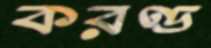
করণ্ড